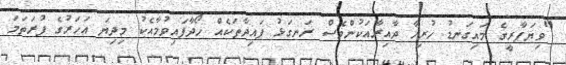
"ވިޔަފާރީގެ މައިގަނޑު ހުރިހާ ދާއިރާއަކުންވެސް ރަނގަޅު ފައިދާތަކެއް ހޯދާފައިވުމާއެކު މިދިޔަ އަހަރުގެ ފުރަތަމަ